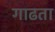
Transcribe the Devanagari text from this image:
गाढता